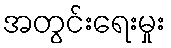
အတွင်းရေးမှုး